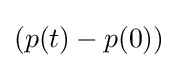
(p(t)-p(0))